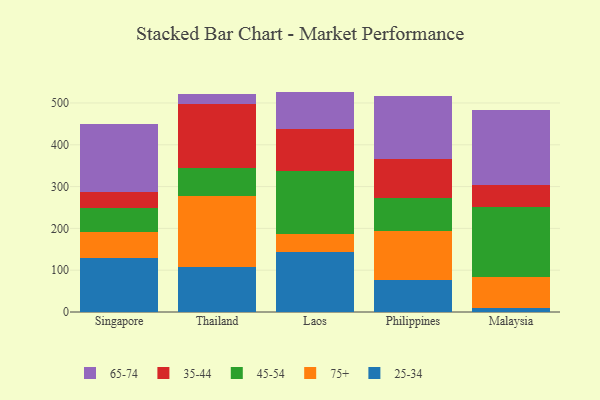
{"axis": {"x": "Country", "y": "Revenue (USD Million)"}, "legend": ["25-34", "35-44", "45-54", "65-74", "75+"], "data": [{"x": "Singapore", "y": 129.2, "type": "25-34"}, {"x": "Singapore", "y": 62.9, "type": "75+"}, {"x": "Singapore", "y": 56.6, "type": "45-54"}, {"x": "Singapore", "y": 38.0, "type": "35-44"}, {"x": "Singapore", "y": 163.8, "type": "65-74"}, {"x": "Thailand", "y": 106.9, "type": "25-34"}, {"x": "Thailand", "y": 170.7, "type": "75+"}, {"x": "Thailand", "y": 66.7, "type": "45-54"}, {"x": "Thailand", "y": 154.3, "type": "35-44"}, {"x": "Thailand", "y": 24.0, "type": "65-74"}, {"x": "Laos", "y": 142.5, "type": "25-34"}, {"x": "Laos", "y": 44.4, "type": "75+"}, {"x": "Laos", "y": 150.0, "type": "45-54"}, {"x": "Laos", "y": 101.0, "type": "35-44"}, {"x": "Laos", "y": 89.3, "type": "65-74"}, {"x": "Philippines", "y": 77.3, "type": "25-34"}, {"x": "Philippines", "y": 117.3, "type": "75+"}, {"x": "Philippines", "y": 78.9, "type": "45-54"}, {"x": "Philippines", "y": 93.0, "type": "35-44"}, {"x": "Philippines", "y": 149.7, "type": "65-74"}, {"x": "Malaysia", "y": 10.7, "type": "25-34"}, {"x": "Malaysia", "y": 72.1, "type": "75+"}, {"x": "Malaysia", "y": 169.3, "type": "45-54"}, {"x": "Malaysia", "y": 52.3, "type": "35-44"}, {"x": "Malaysia", "y": 177.8, "type": "65-74"}]}